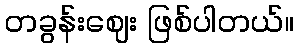
တခွန်းဈေး ဖြစ်ပါတယ်။